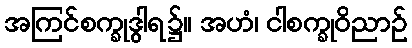
အကြင်စက္ခုဒွါရ၌။ အဟံ၊ ငါစက္ခုဝိညာဉ်